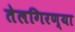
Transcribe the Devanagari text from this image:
तेलगिरण्या